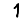
Digit: 1